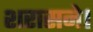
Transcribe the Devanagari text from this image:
शरासने।